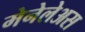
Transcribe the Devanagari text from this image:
मेनेलेअस